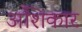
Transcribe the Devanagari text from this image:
अशिकार